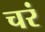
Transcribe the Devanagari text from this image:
चरं